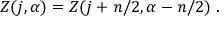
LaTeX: Z ( j , \alpha ) = Z ( j + n / 2 , \alpha - n / 2 ) \; .